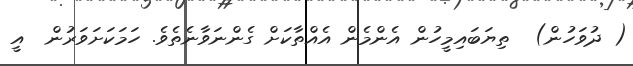
( ދުވަހުން)  ތިޔަބައިމީހުން އެންމެން އެއްތާކަށް ގެންނަވާނެތެވެ. ހަމަކަށަވަރުން  އީ